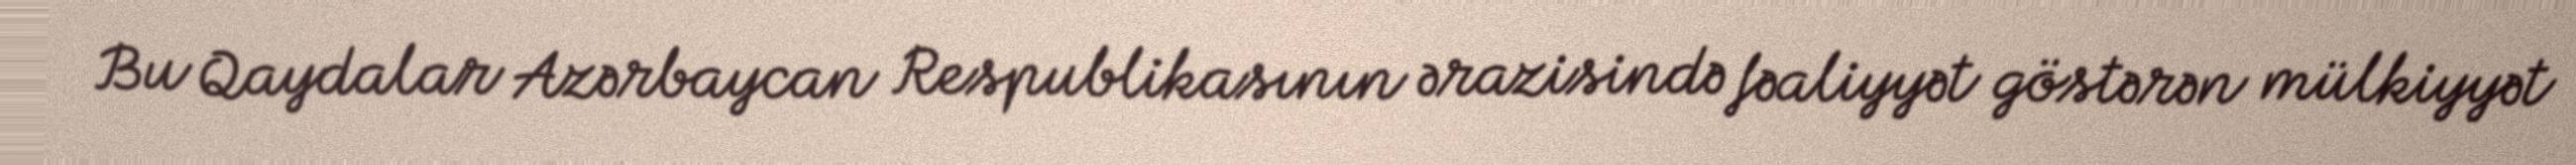
Bu Qaydalar Azərbaycan Respublikasının ərazisində fəaliyyət göstərən mülkiyyət